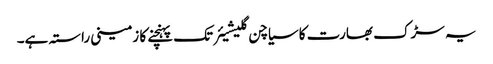
یہ سڑک بھارت کا سیاچن گلیشیئر تک پہنچنے کا زمینی راستہ ہے۔